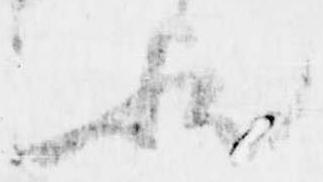
歟